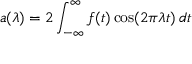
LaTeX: a ( \lambda ) = 2 \int _ { - \infty } ^ { \infty } f ( t ) \cos ( 2 \pi \lambda t ) \, d t